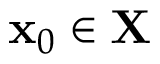
\mathbf { x } _ { 0 } \in \mathbf { X }